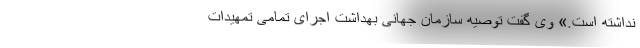
نداشته است.» وی گفت توصیه سازمان جهانی بهداشت اجرای تمامی تمهیدات